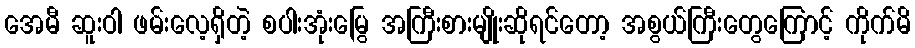
အေမီ ဆူးဝါ ဖမ်းလေ့ရှိတဲ့ စပါးအုံးမြွေ အကြီးစားမျိုးဆိုရင်တော့ အစွယ်ကြီးတွေကြောင့် ကိုက်မိ